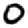
Digit: 0